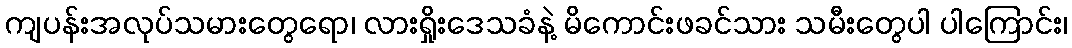
ကျပန်းအလုပ်သမားတွေရော၊ လားရှိုးဒေသခံနဲ့ မိကောင်းဖခင်သား သမီးတွေပါ ပါကြောင်း၊